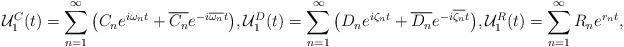
LaTeX: \begin{align*}{\mathcal U}_{1}^C(t)=\sum_{n=1}^{\infty}\big(C_{n}e^{i\omega_{n} t}+\overline{C_{n}}e^{-i\overline{\omega_{n}}t}\big),{\mathcal U}_{1}^D(t)=\sum_{n=1}^{\infty}\big(D_{n}e^{i\zeta_{n} t}+\overline{D_{n}}e^{-i\overline{\zeta_{n}}t}\big),{\mathcal U}_{1}^R(t)=\sum_{n=1}^{\infty} R_{n}e^{r_{n} t},\end{align*}